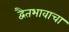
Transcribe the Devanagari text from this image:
द्वैतभावाचा